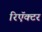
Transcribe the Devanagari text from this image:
रिऍक्टर